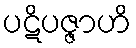
ပဋိပဇ္ဇာဟိ